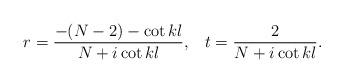
LaTeX: \begin{align*}r= { {- (N-2) - {\rm cot}\, kl } \over { N + i\, {\rm cot}\, kl} },\;\;\;t= { {2} \over { N + i\, {\rm cot}\, kl} }.\end{align*}